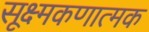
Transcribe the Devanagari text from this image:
सूक्ष्मकणात्मक